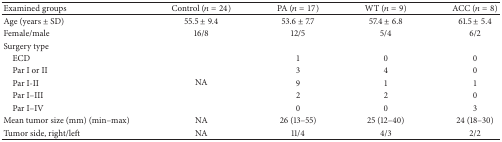
<table><thead><tr><td><b>Examined groups</b></td><td><b>Control (<i>n</i> = 24)</b></td><td><b>PA (<i>n</i> = 17)</b></td><td><b>WT (<i>n</i> = 9)</b></td><td><b>ACC (<i>n</i> = 8)</b></td></tr></thead><tbody><tr><td>Age (years ± SD)</td><td>55.5 ± 9.4</td><td>53.6 ± 7.7</td><td>57.4 ± 6.8</td><td>61.5 ± 5.4</td></tr><tr><td>Female/male</td><td>16/8</td><td>12/5</td><td>5/4</td><td>6/2</td></tr><tr><td>Surgery type</td><td> </td><td> </td><td> </td><td> </td></tr><tr><td> ECD</td><td rowspan="5">NA</td><td>1</td><td>0</td><td>0</td></tr><tr><td> Par I or II</td><td>3</td><td>4</td><td>0</td></tr><tr><td> Par I-II</td><td>9</td><td>1</td><td>1</td></tr><tr><td> Par I–III</td><td>2</td><td>2</td><td>0</td></tr><tr><td> Par I–IV</td><td>0</td><td>0</td><td>3</td></tr><tr><td>Mean tumor size (mm) (min–max)</td><td>NA</td><td>26 (13–55)</td><td>25 (12–40)</td><td>24 (18–30)</td></tr><tr><td>Tumor side, right/left</td><td>NA</td><td>11/4</td><td>4/3</td><td>2/2</td></tr></tbody></table>